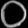
Digit: ၀